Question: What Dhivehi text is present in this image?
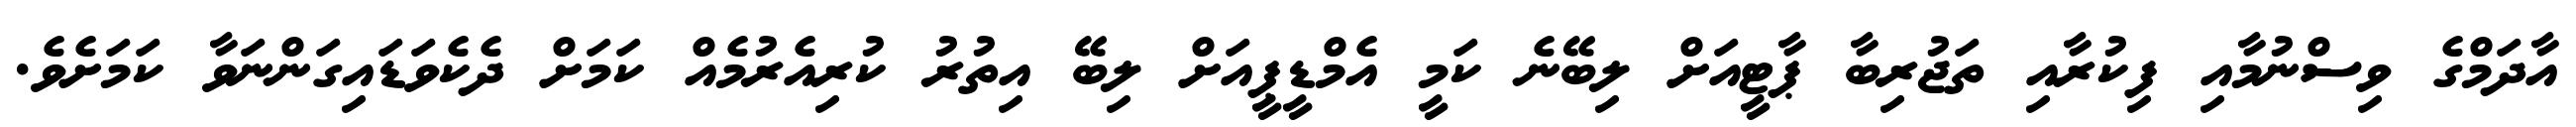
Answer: އާދަމްގެ ވިސްނުމާއި ފިކުރާއި ތަޖުރިބާ ޕާޓީއަށް ލިބޭނެ ކަމީ އެމްޑީޕީއަށް ލިބޭ އިތުރު ކުރިއެރުމެއް ކަމަށް ދެކެވަޑައިގަންނަވާ ކަމަށެވެ.